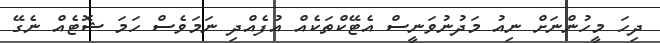
ދިހަ މީހުންނަށް ނިއު މަދުނުވަނީސް އެޓޭކްތަކެއް އުފެއްދި ނަމަވެސް ހަމަ ޝޮޓެއް ނެގޭ